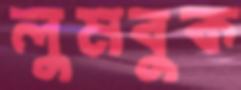
লুমবুক